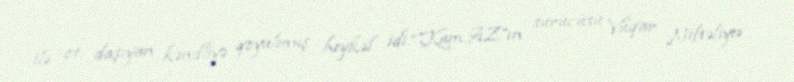
ilə ot daşıyan kəndliyə qoyulmuş heykəl idi.“KamAZ”ın sürücüsü Vüqar Niftəliyev